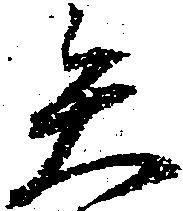
矢